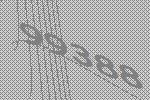
99388